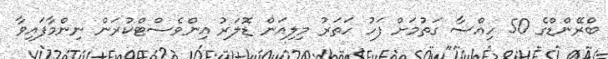
ބްރޭންޑްގެ 50 ހިއްސާ ގަތުމަށް ފަހު ހަތަރު މިލިއަން ޑޮލަރު އިންވެސްޓްކުރަން ނިންމާފައިވާ